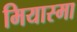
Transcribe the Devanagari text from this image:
मियास्मा